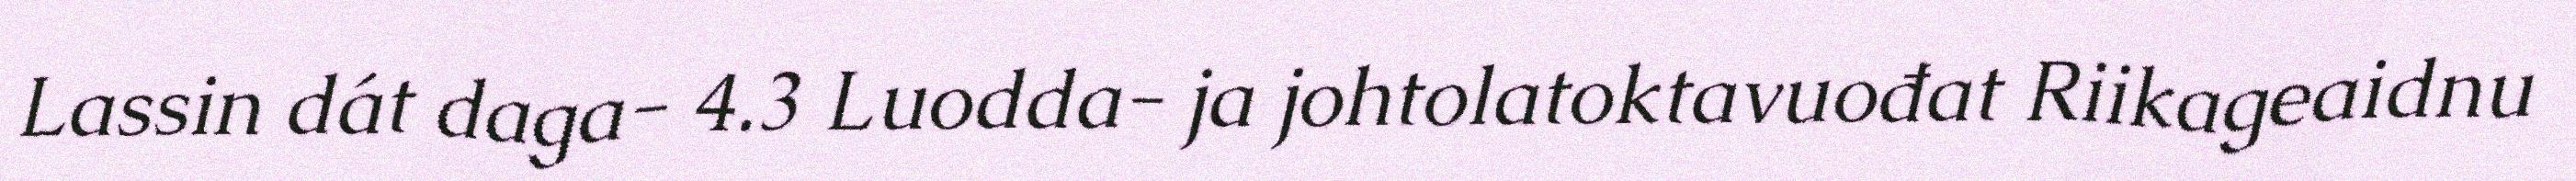
Lassin dát daga- 4.3 Luodda- ja johtolatoktavuođat Riikageaidnu